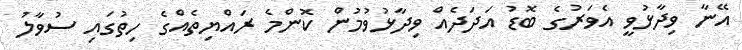
އޭނާ ވިދާޅުވީ އެވަރުގެ ބޮޑު އަދަދެއް ވިދާޅުވުމުން ކޮންމެ ރައްޔިތެއްގެ ހިތުގައި ސުވާލު